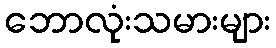
ဘောလုံးသမားများ